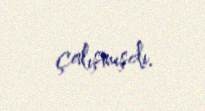
çalışmışdı.